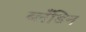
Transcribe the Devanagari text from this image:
ब्लँडिन